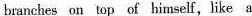
branches on top of himself，like a